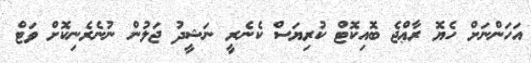
އަހަންނަށް ހެޔޮ ރާޢްޖެ ބޮއިކޮޓް ކުރިޔަސް ކެނެރީ ނަޝީދު ޖަލުން ނުނެރެނިކޮށް ވަޓް